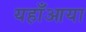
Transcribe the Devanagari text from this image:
यहाँआया